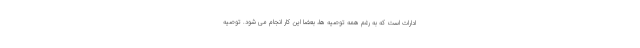
ادارات است که به رغم همه توصیه ها، بعضا این کار انجام می شود. توصیه